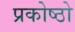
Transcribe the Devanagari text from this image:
प्रकोष्ठो